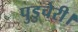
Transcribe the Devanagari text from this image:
पुडुचेरी।